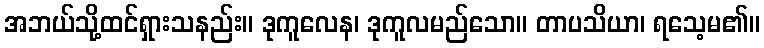
အဘယ်သို့ထင်ရှားသနည်း။ ဒုကူလေန၊ ဒုကူလမည်သော။ တာပသိယာ၊ ရသေ့မ၏။